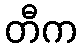
တီက